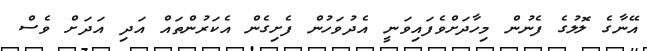
އޭނާގެ ލޮލުގެ ފެނުން މިހާދަށްވެފައިވަނީ އެދުވަހުން ފެށިގެން އެކަރުންތައް އަދި އަދަށް ވެސް